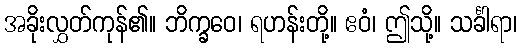
အခိုးလွှတ်ကုန်၏။ ဘိက္ခဝေ၊ ရဟန်းတို့။ ဧဝံ၊ ဤသို့။ သင်္ခါရာ၊